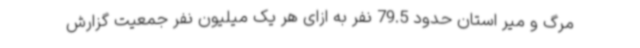
مرگ و میر استان حدود 79.5 نفر به ازای هر یک میلیون نفر جمعیت گزارش